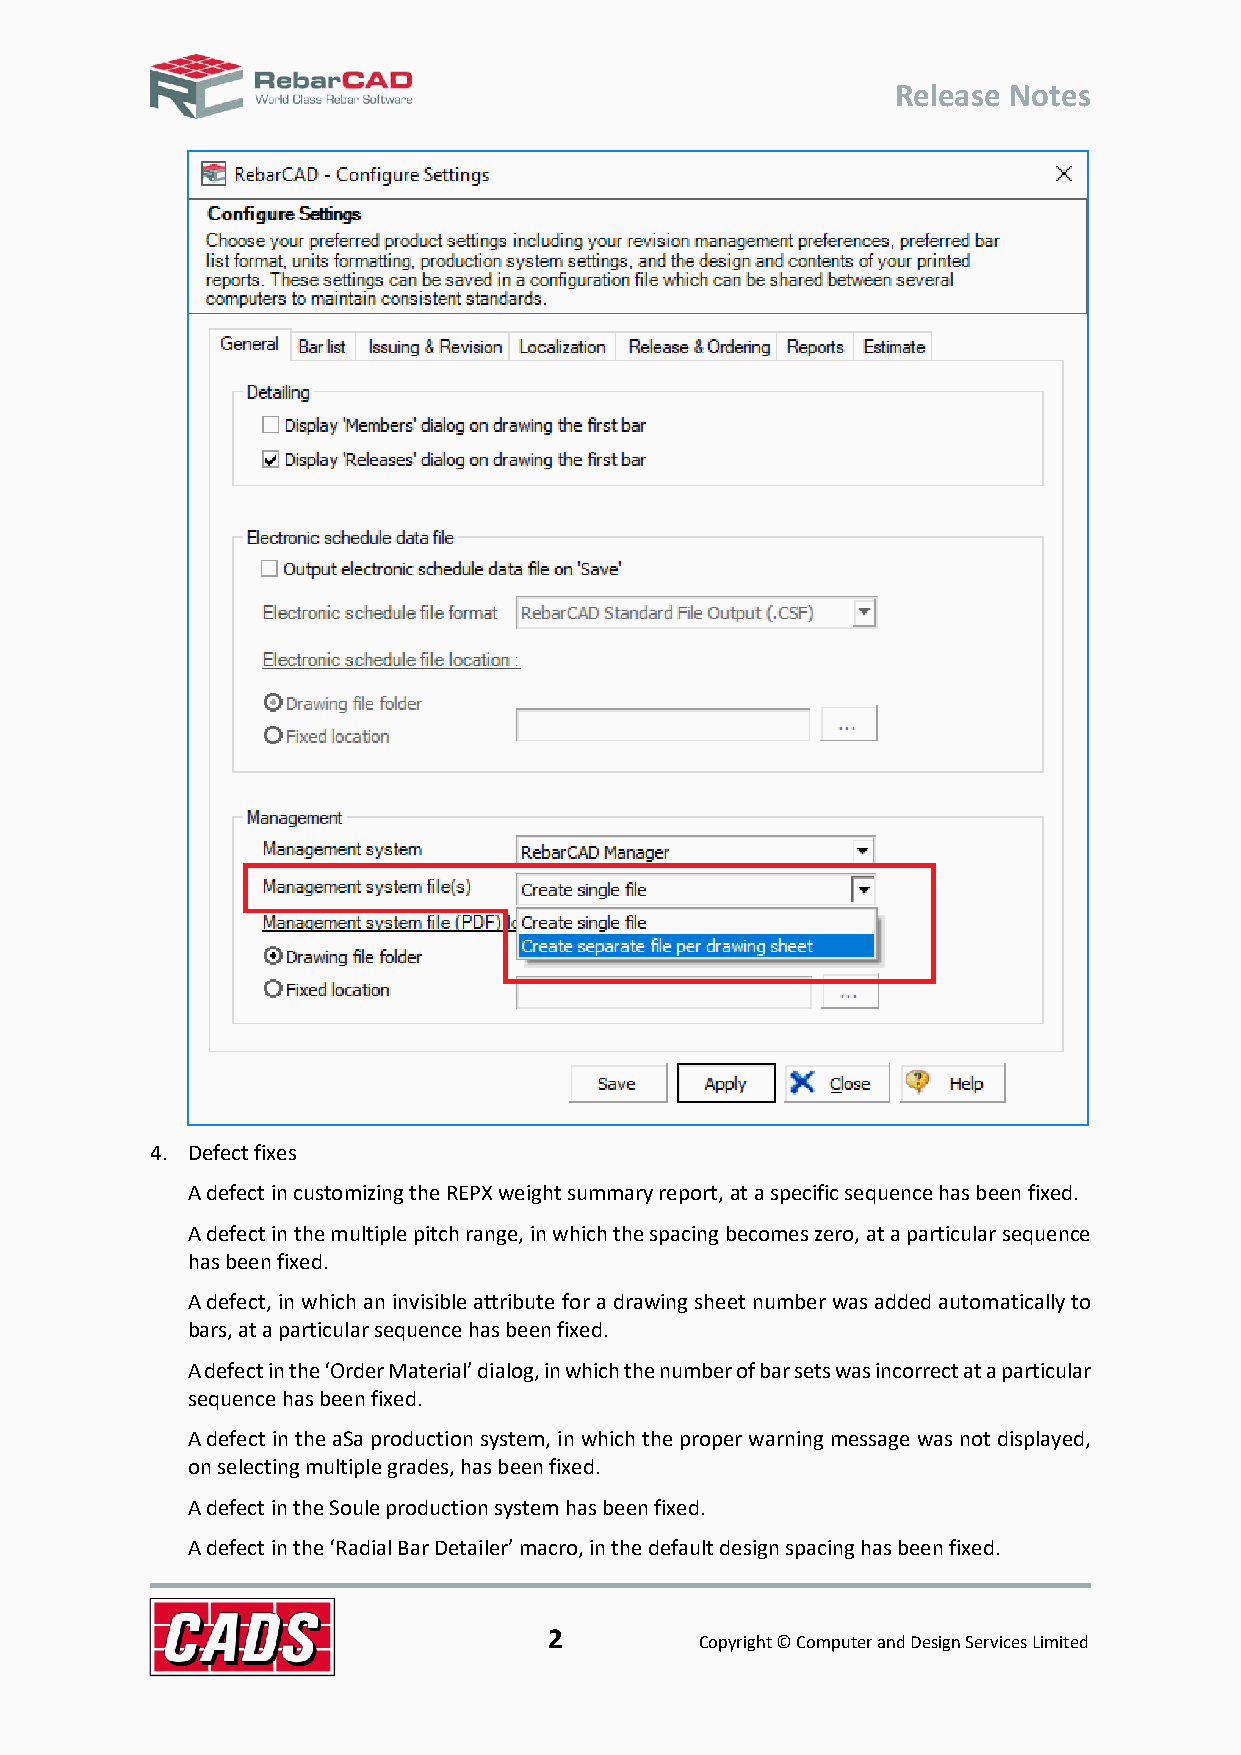
Release Notes
 4. Defect fixes
 A defect in customizing the REPX weight summary report, at a specific sequence has been fixed.
 A defect in the multiple pitch range, in which the spacing becomes zero, at a particular sequence
 has been fixed.
 A defect, in which an invisible attribute for a drawing sheet number was added automatically to
 bars, at a particular sequence has been fixed.
 A defect in the ‘Order Material’ dialog, in which the number of bar sets was incorrect at a particular
 sequence has been fixed.
 A defect in the aSa production system, in which the proper warning message was not displayed,
 on selecting multiple grades, has been fixed.
 A defect in the Soule production system has been fixed.
 A defect in the ‘Radial Bar Detailer’ macro, in the default design spacing has been fixed.
 2
 Copyright © Computer and Design Services Limited